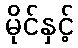
မိုင်နှင့်